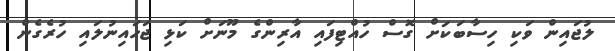
ލުޖައިން ވަކި ހިސާބަކަށް ގޮސް ހުއްޓިފައި އާރިންގެ މޫނަށް ކަޅި ޖަހައިނުލައި ހުރެގެން